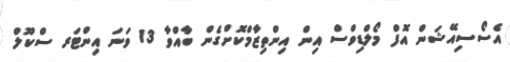
އެސޯސިއޭޝަން އޮފް މޯލްޑިވްސް އިން އިންތިޒާމްކޮށްގެން ބާއްވާ 13 ވަނަ އިންޓަރ ސްކޫލް